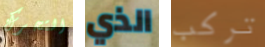
التحرك الذي تركب